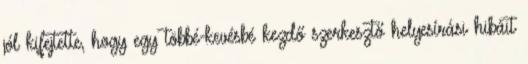
jól kifejtette, hogy egy többé-kevésbé kezdő szerkesztő helyesírási hibáit